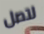
لتصل